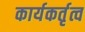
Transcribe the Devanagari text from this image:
कार्यकर्तृत्व